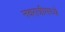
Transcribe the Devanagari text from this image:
नवरात्रीमध्ये